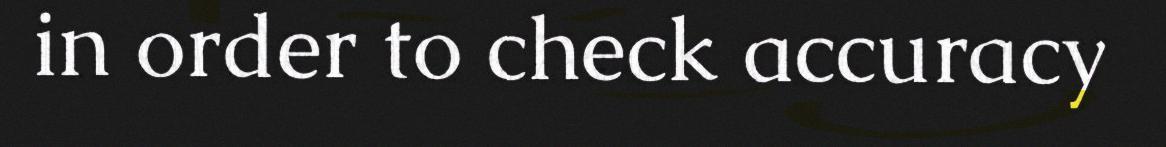
in order to check accuracy